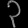
Digit: ၃